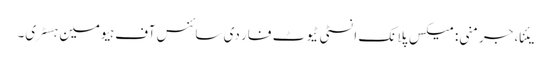
یئنا، جرمنی: میکس پلانک انسٹی ٹیوٹ فار دی سائنس آف ہیومین ہسٹری۔